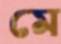
মে